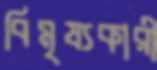
বিমৃষ্যকারী